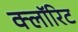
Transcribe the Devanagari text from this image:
क्लॉरिट